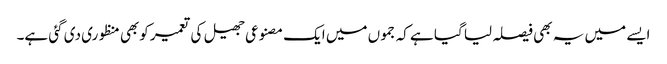
ایسے میں یہ بھی فیصلہ لیا گیا ہے کہ جموں میں ایک مصنوعی جھیل کی تعمیر کوبھی منظوری دی گئی ہے۔